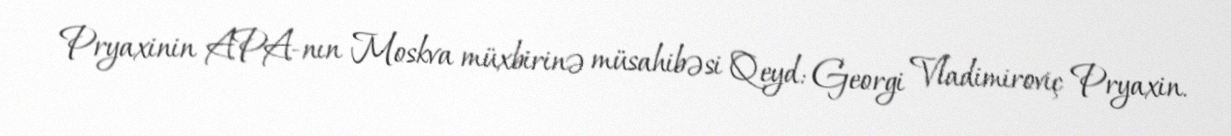
Pryaxinin APA-nın Moskva müxbirinə müsahibəsi Qeyd: Georgi Vladimiroviç Pryaxin.